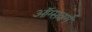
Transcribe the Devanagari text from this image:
ऑग्सवर्ग